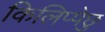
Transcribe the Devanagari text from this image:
किलिप्पेछु